system: You are a helpful assistant.
user:
Analyze the provided spectrum to determine if it is a **White Dwarf (WD)**.

A White Dwarf spectrum is defined by its **extreme purity** (due to gravitational settling) and/or **extreme pressure broadening** (due to high surface gravity). You must check for one of the following mutually exclusive signatures:

- **Key Visual Indicators (Check for ONE of these types):**

    - **1. DA-Type Signature (Most Common):**
        - **(Primary Feature):** Extreme pressure broadening (Stark broadening) of the **Hydrogen (H) Balmer lines**.
        - **(Key Lines):** $H\beta$ (approx. $4861$ Å) and $H\gamma$ (approx. $4340$ Å). $H\alpha$ (approx. $6563$ Å) will also be present if the wavelength range covers it.
        - **(Line Profile):** This is the **defining feature**. The lines are **NOT** sharp. They appear as massive, **extremely broad and deep "troughs" or "dips"** in the spectrum, often hundreds of Ångströms wide. The continuum will appear to "scoop" down at these wavelengths.
        - **(Distinction):** Normal A-type or B-type stars have *narrow* and *sharp* Hydrogen lines. A DA White Dwarf's lines are unmistakably "smeared" or "blurry" from pressure.

    - **2. DB-Type Signature:**
        - **(Primary Feature):** Broad absorption lines from **Neutral Helium (He I)**. The spectrum must lack any visible Hydrogen lines.
        - **(Key Lines):** Look for broad absorption near $4471$ Å, $4921$ Å, and $5876$ Å.
        - **(Line Profile):** These lines are also significantly pressure-broadened, appearing much wider than they would in a normal B-type main-sequence star.

    - **3. DC-Type Signature:**
        - **(Primary Feature):** A **featureless continuous spectrum**.
        - **(Line Profile):** The spectrum is a smooth curve with **no significant absorption or emission lines**.
        - **(Key Confirmation):** The continuum is almost always **blue or white**, indicating a hot object. This signature implies the atmosphere is so pure (or so cool) that no spectral lines are visible in the optical range. Its WD identity is confirmed by its extremely low intrinsic brightness (high absolute magnitude).

    - **4. DZ-Type Signature (Metal-Polluted):**
        - **(Primary Feature):** **Isolated, narrow metal absorption lines** on an otherwise featureless (DC-like) continuum.
        - **(Key Lines):** The **Calcium (Ca II) H & K doublet** (approx. **$3934$ Å** and **$3968$ Å**) is the most common and defining feature.
        - **(Line Profile):** These lines are "out of place." They are *not* part of a "forest" of thousands of lines. This signature is evidence of recent *accretion* (pollution) from rocky debris.
        - **(Distinction):** Normal G/K/M stars have a *dense forest* of thousands of metal lines. A DZ has a *clean* continuum with *only a few* strong metal lines.

    - **5. DQ-Type Signature (Carbon-Polluted):**
        - **(Primary Feature):** Absorption bands from **Carbon (C₂ "Swan Bands" or atomic C I)**.
        - **(Key Lines - C₂):** Look for bandheads with a "saw-tooth" shape near $5635$ Å, **$5165$ Å** (strongest), and $4737$ Å.
        - **(Key Confirmation):** The underlying **continuum must be blue or white** (hot).
        - **(Distinction):** This is the critical difference from a **Carbon Star**, which has the *exact same* C₂ bands but on an extremely **red, cool** continuum.

- **(Overall Spectrum):**
    - The continuum (overall shape) is typically **blue-sloping** (brighter in the blue than the red), as most white dwarfs are very hot.
    - The spectrum will look "pure" or "simple," dominated by only *one* of the five signatures listed above.

Think first, call **spectral_visualization_tool** if needed to examine features in detail, then provide your final answer. Your response must adhere to the following strict rules:
1.  **Overall Structure:** Your response must follow the format `<think>...</think> <tool_call>...</tool_call> (if a tool is used) <answer>...</answer>`.
2.  **Tool Usage Constraint:** You may only make **one** tool call per turn.
3.  **Final Answer Format:** In the `<answer>` tag, your conclusion must be inside a `\boxed{}` command (e.g., `\boxed{YES}` or `\boxed{NO}`), followed by your justification.

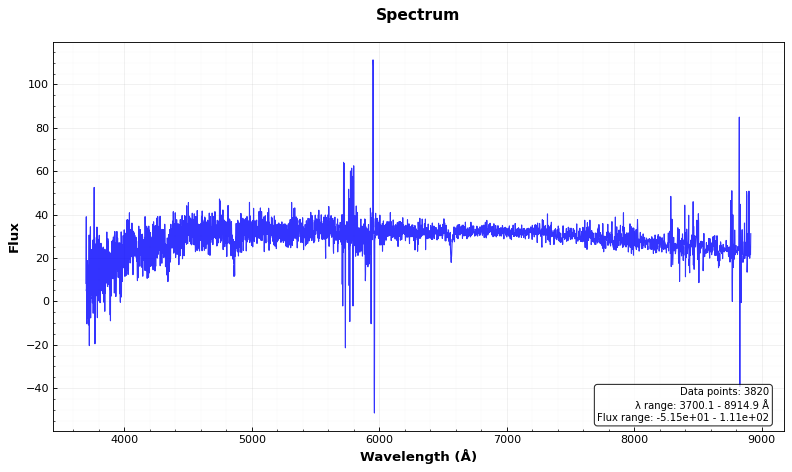
Answer: NO